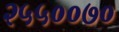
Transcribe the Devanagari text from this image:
२५५००७०